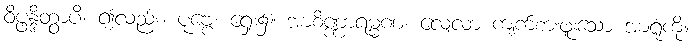
ဝိပ္ဖန္ဒိတွာပိ၊ ၍လည်း။ ပုဗ္ဗေ၊ ရှေး၌။ အာစိဏ္ဏာရမ္မဏံ၊ လေ့လာ ကျက်စားဖူးသော အာရုံကို။